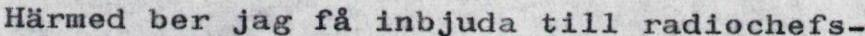
Härmed ber jag få inbjuda till radiochefs-